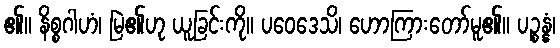
၏။ နိစ္စဂါဟံ၊ မြဲ၏ဟု ယူခြင်းကို။ ပဝေဒေသိ၊ ဟောကြားတော်မူ၏။ ပဉ္စန္နံ၊